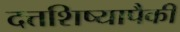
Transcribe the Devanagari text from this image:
दत्तशिष्यापैकी